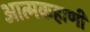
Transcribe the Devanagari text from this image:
आत्मकहाणी